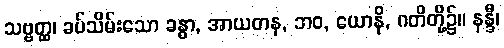
သဗ္ဗတ္ထ၊ ခပ်သိမ်းသော ခန္ဓာ, အာယတန, ဘဝ, ယောနိ, ဂတိတို့၌။ နန္ဒီ၊